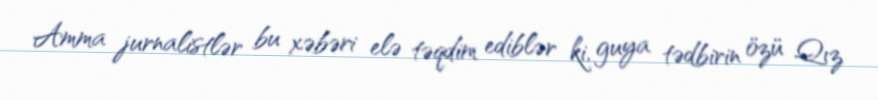
Amma jurnalistlər bu xəbəri elə təqdim ediblər ki, guya tədbirin özü Qız